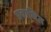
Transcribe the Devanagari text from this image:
प्रवाधित